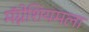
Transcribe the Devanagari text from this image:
मॅग्नेशियमला